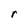
Character: r